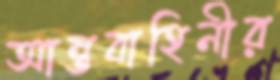
আন্তবাহিনীর